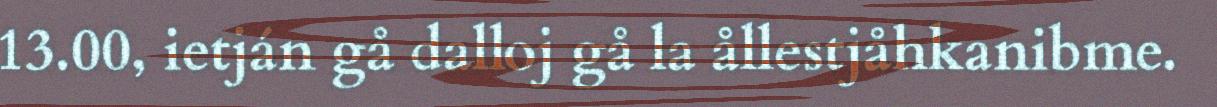
13.00, ietján gå dalloj gå la ållestjåhkanibme.